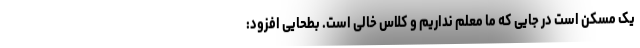
یک مسکن است در جایی که ما معلم نداریم و کلاس خالی است. بطحایی افزود: